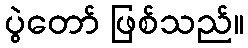
ပွဲတော် ဖြစ်သည်။